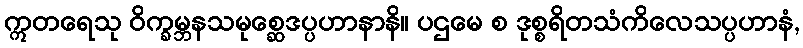
ဣတရေသု ဝိက္ခမ္ဘနသမုစ္ဆေဒပ္ပဟာနာနိ။ ပဌမေ စ ဒုစ္စရိတသံကိလေသပ္ပဟာနံ,